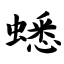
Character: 蟋